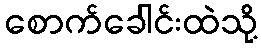
စောက်ခေါင်းထဲသို့